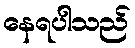
နေရပါသည်